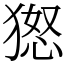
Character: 𱮐